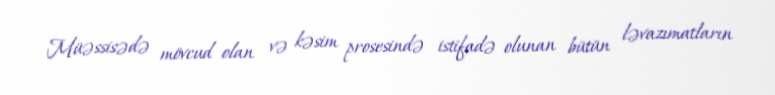
Müəssisədə mövcud olan və kəsim prosesində istifadə olunan bütün ləvazımatların